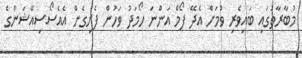
މުބާރާތުގައި ބައިވެރި ވުމަށް އެދޭ ފޯމް އަންނަ ހޯމަދު ވަހުން ފެށިގެން އެއެސޯސިއޭޝަންގެ